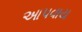
આપવાય